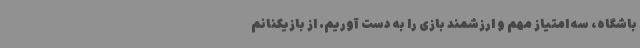
باشگاه، سه امتیاز مهم و ارزشمند بازی را به دست آوریم. از بازیکنانم